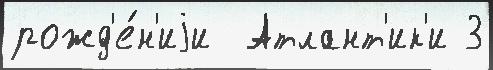
рожд'е́н'иjи  Атлант'ик'и 3